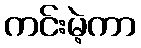
ကင်းမဲ့ကာ